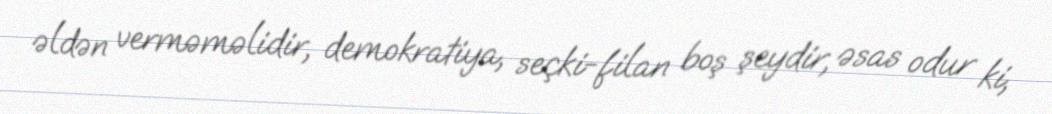
əldən verməməlidir, demokratiya, seçki-filan boş şeydir, əsas odur ki,